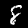
Digit: 8